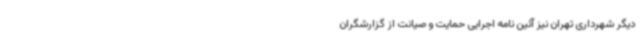
دیگر شهرداری تهران نیز آئین نامه اجرایی حمایت و صیانت از گزارشگران